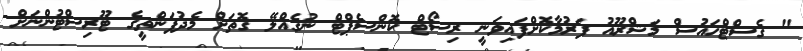
" ގެސްޓްހައުސް މަޝްރޫއު ފަރުމާކޮށްފައިވަނީ ރިސޯޓް ކޮންސެޕްޓް ނުގެއްލޭ ގޮތަށް މެދުފަންތީގެ ޓޫރިސްޓުންނަށް